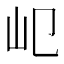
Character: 𡴱